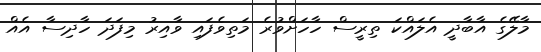
މާލޭގެ އާބާދީ އެލައްކަ ތިރީސް ހާހަށްވުރެ މަތިވެފައި ވާއިރު މިފަދަ ހާދިސާ އެއް